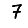
Digit: 7